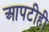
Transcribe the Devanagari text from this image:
आपटीही